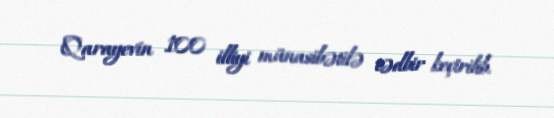
Qarayevin 100 illiyi münasibətilə tədbir keçirilib.